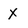
Character: X